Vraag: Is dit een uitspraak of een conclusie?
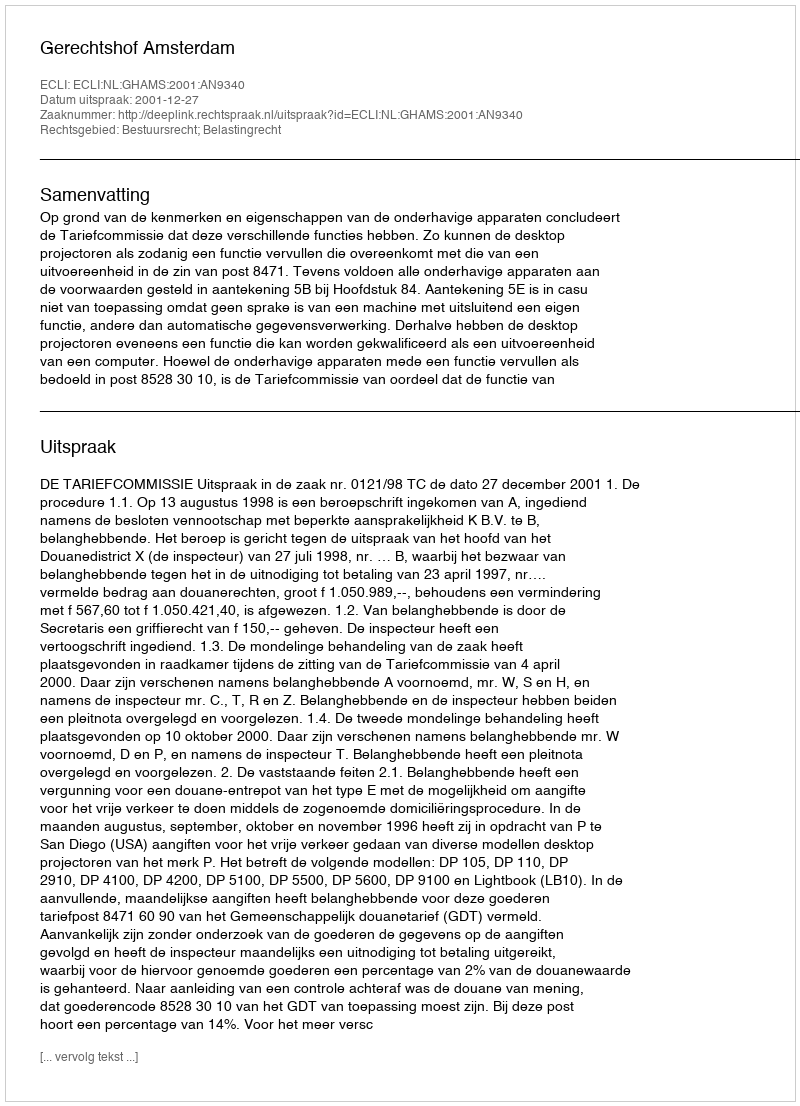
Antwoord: Uitspraak